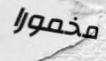
مخمورا